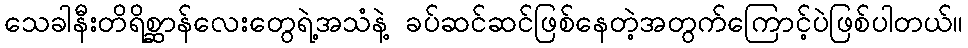
သေခါနီးတိရိစ္ဆာန်လေးတွေရဲ့အသံနဲ့ ခပ်ဆင်ဆင်ဖြစ်နေတဲ့အတွက်ကြောင့်ပဲဖြစ်ပါတယ်။